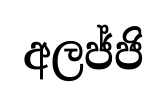
අලජ්ජි